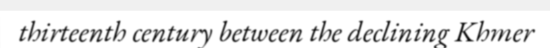
thirteenth century between the declining Khmer